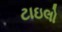
ટાઇલો